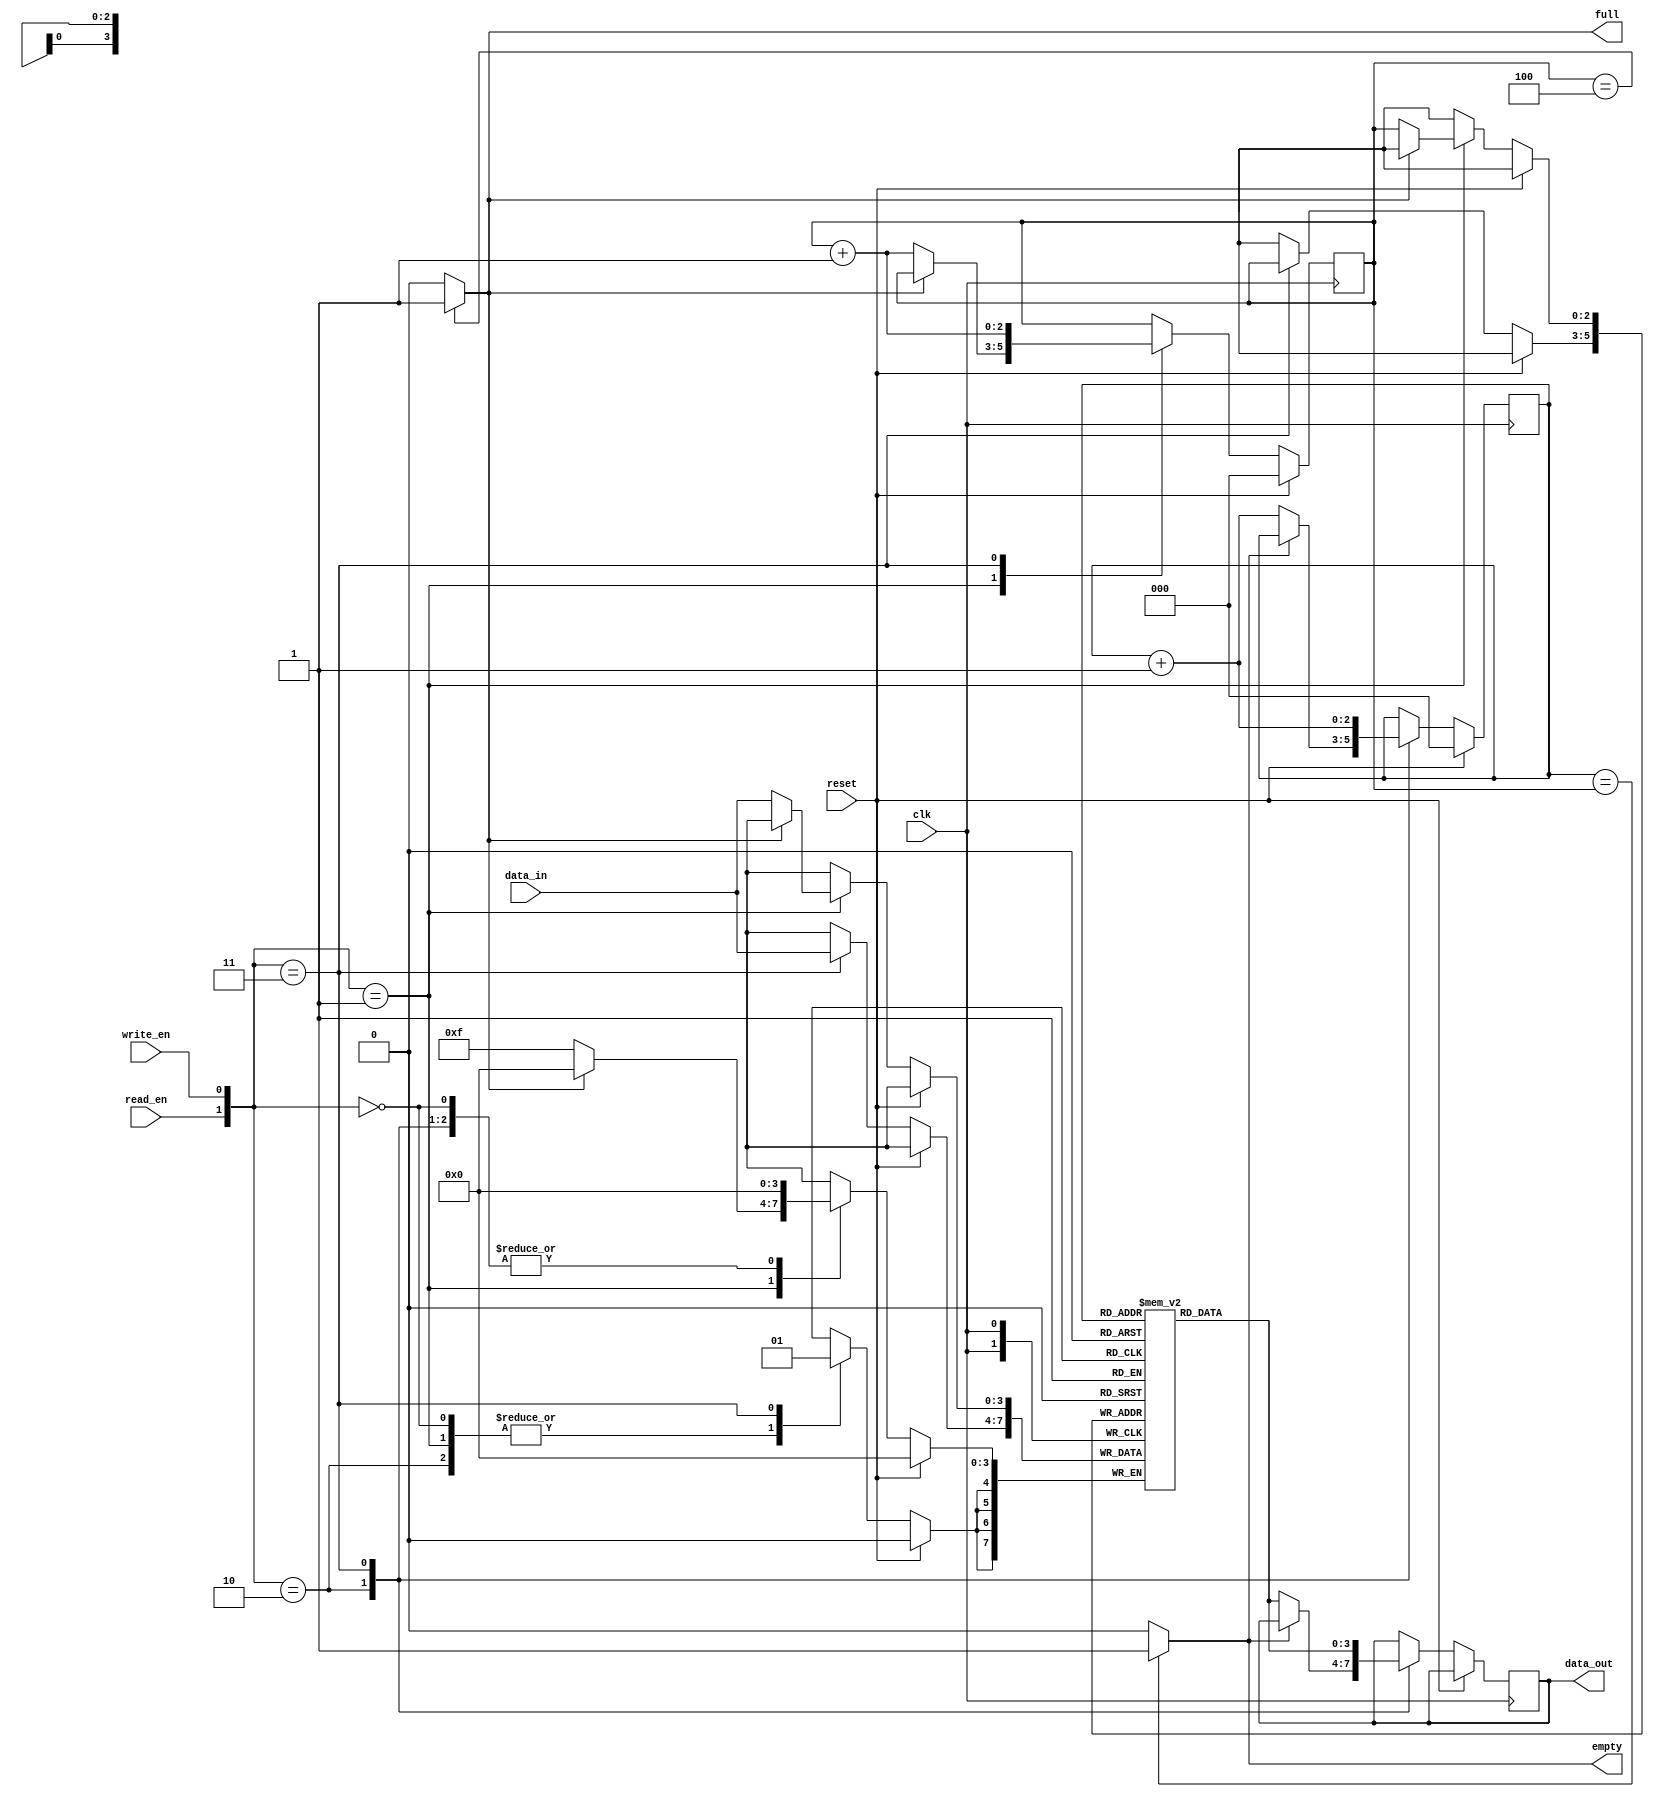
module my_fifo(
input clk,
input reset,
input read_en,
input write_en,
input [3:0] data_in,
output reg [3:0] data_out,
output full,
output empty);
    


reg [3:0] mem [0:4];


reg [2:0]read_pointer,write_pointer; 

always @(posedge clk)
begin
if(reset)
begin
    read_pointer <= 0;
    write_pointer <=  0;
end
else
begin

case({read_en,write_en})

2'b00 : begin end 

2'b01 : begin  
              if(!full)
              begin
              mem[write_pointer] <= data_in;
              write_pointer <= write_pointer + 1;
              end
            end
            
2'b10 : begin 
            if(!empty)
            begin
                data_out <= mem[read_pointer];
                read_pointer <= read_pointer + 1;
            end
        end
        
2'b11 : begin
            data_out <= mem[read_pointer];
            read_pointer <= read_pointer + 1;
            mem[write_pointer] <= data_in;
            write_pointer <= write_pointer + 1;
        end
endcase
end
end

assign empty = (read_pointer == write_pointer) ? 1'b1 :1'b0; 
assign full = (write_pointer == 3'd4) ? 1'b1 : 1'b0;

endmodule